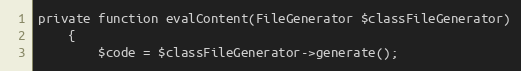
Language: PHP
private function evalContent(FileGenerator $classFileGenerator)
    {
        $code = $classFileGenerator->generate();